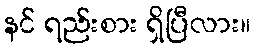
နင် ရည်းစား ရှိပြီလား။